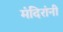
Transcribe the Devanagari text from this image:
मंदिरांनी